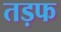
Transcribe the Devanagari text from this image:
तड़फ